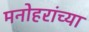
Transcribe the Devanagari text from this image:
मनोहरांच्या